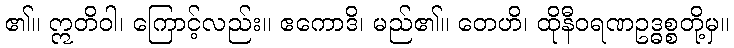
၏။ ဣတိဝါ၊ ကြောင့်လည်း။ ဧကောဒိ၊ မည်၏။ တေဟိ၊ ထိုနီဝရဏဥဒ္ဓစ္စတို့မှ။